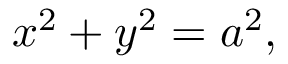
x ^ { 2 } + y ^ { 2 } = a ^ { 2 } ,